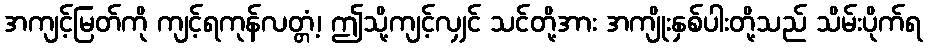
အကျင့်မြတ်ကို ကျင့်ရကုန်လတ္တံ့၊ ဤသို့ကျင့်လျှင် သင်တို့အား အကျိုးနှစ်ပါးတို့သည် သိမ်းပိုက်ရ